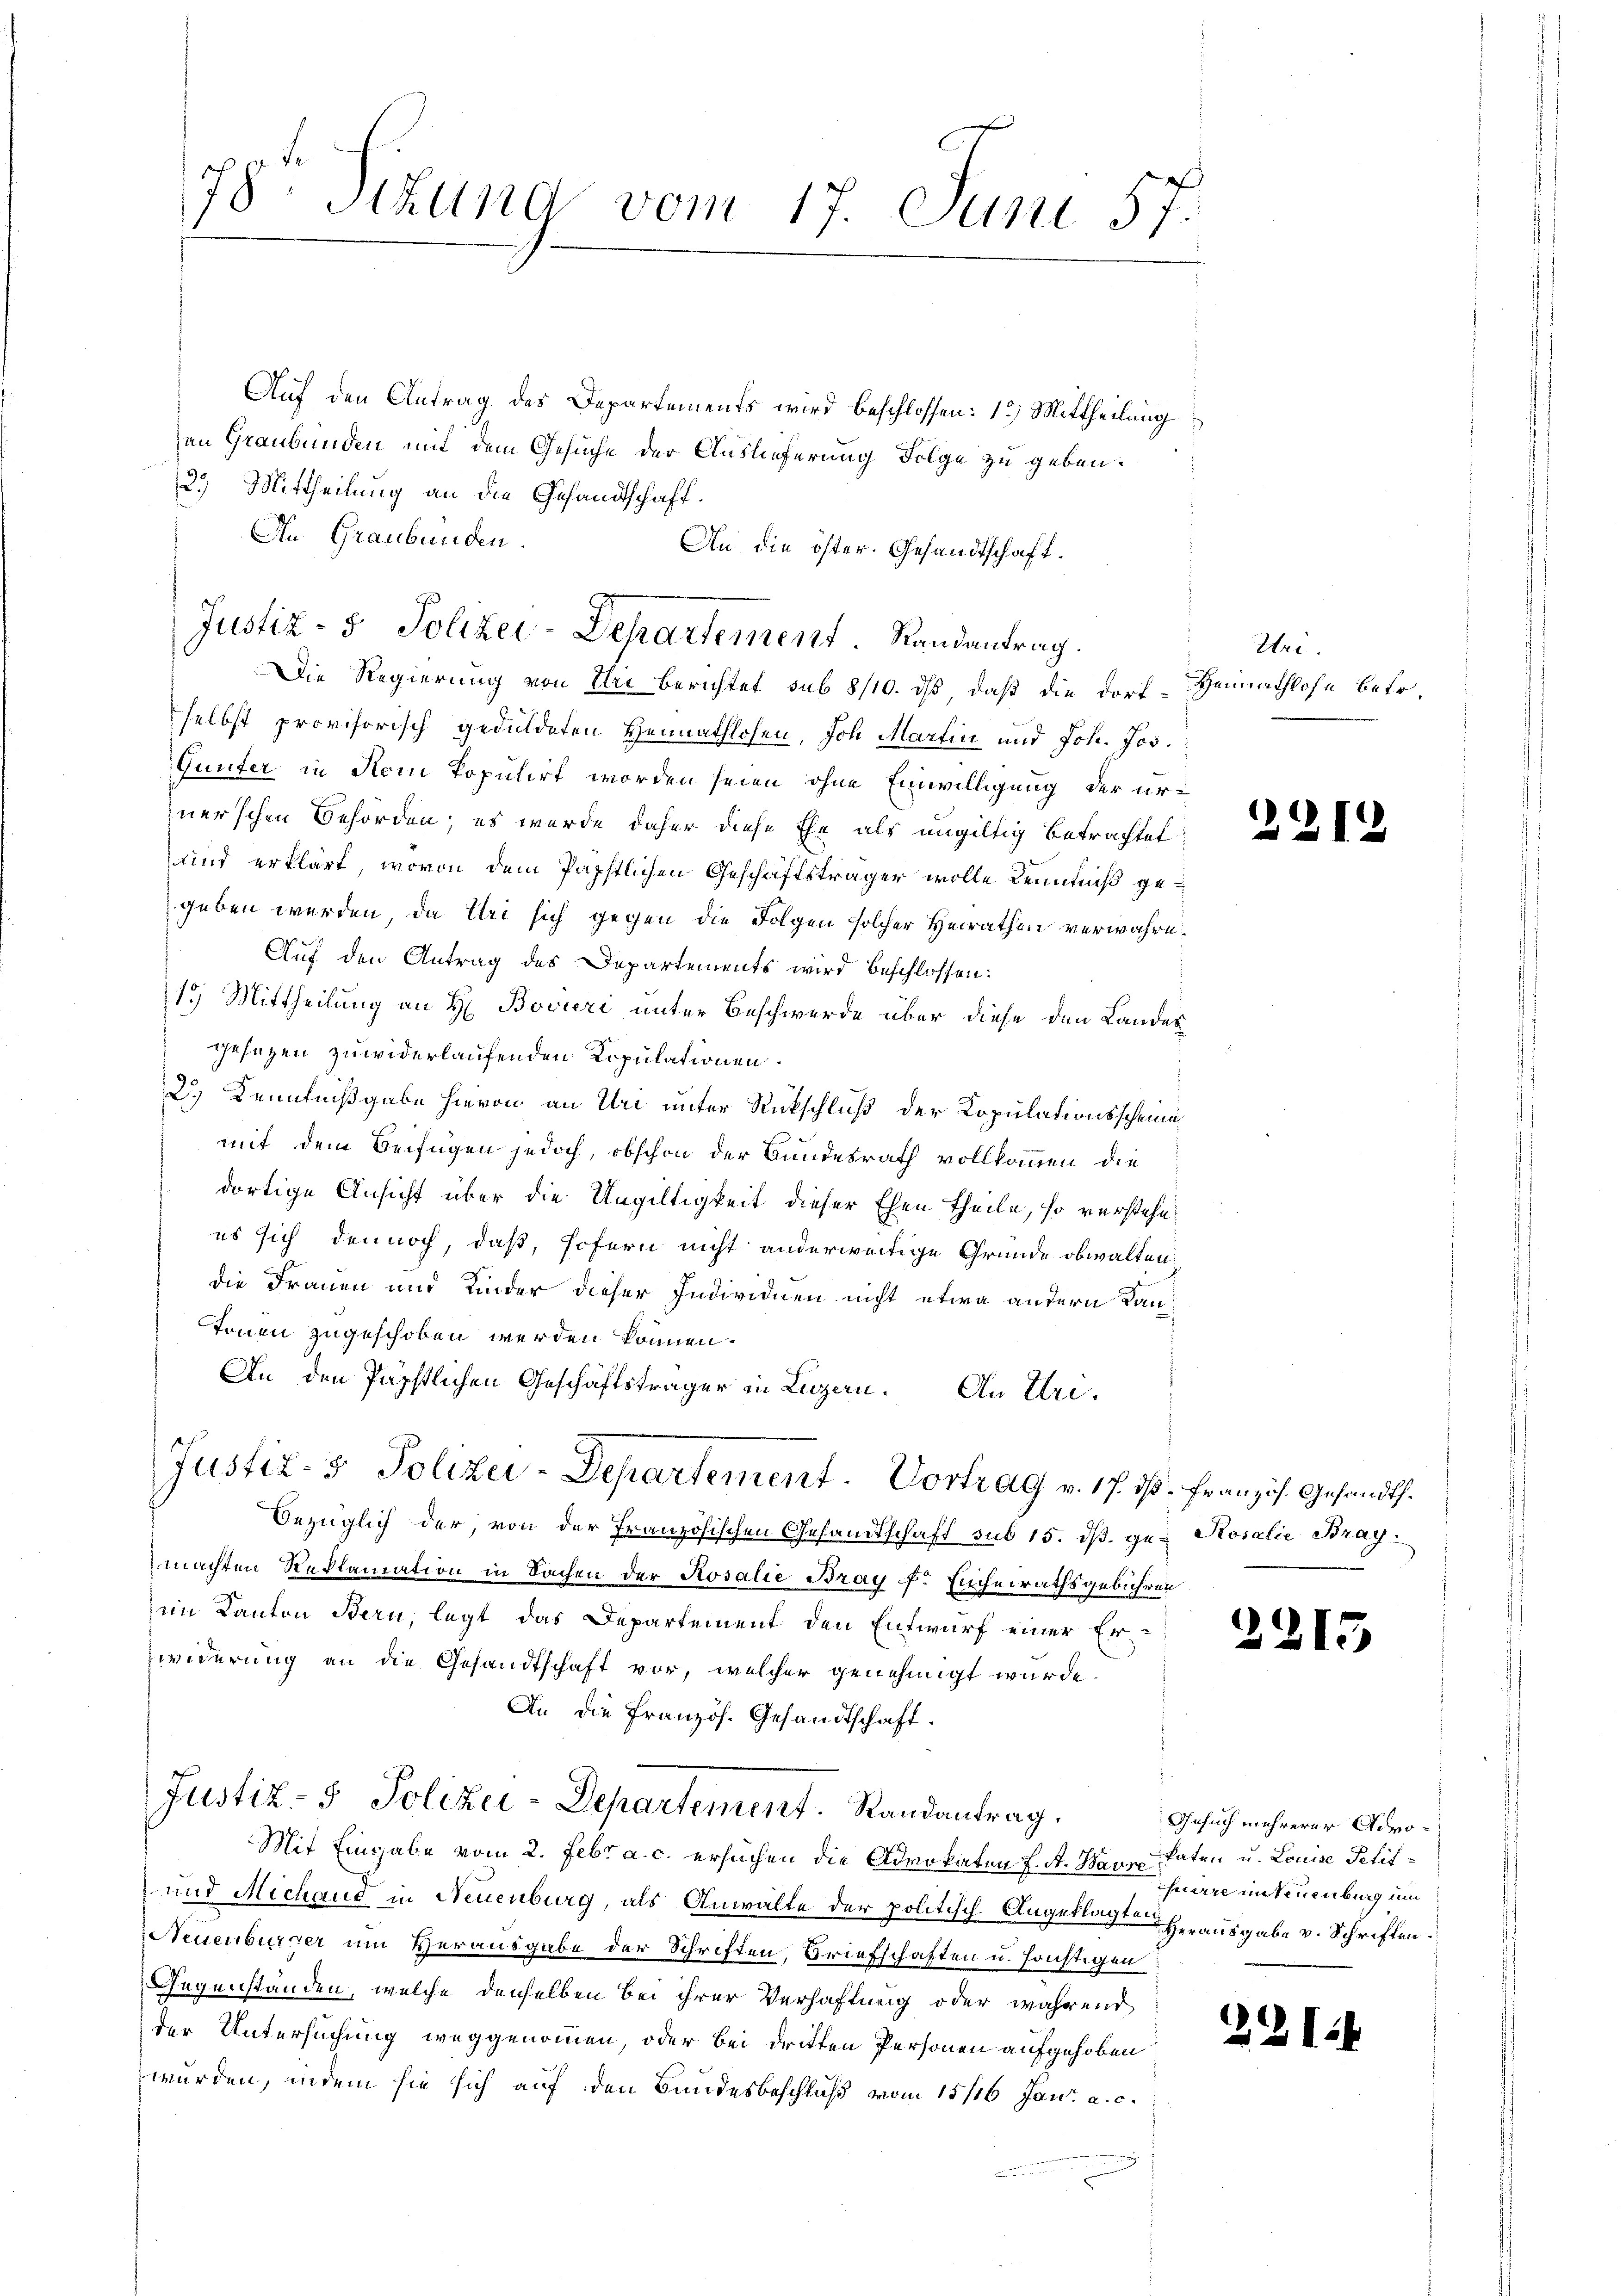
78. Stund vom 17. Juni 57.

Auf den Antrag des Departements wird beschlossen: 1.) Mittheilung
zan Graubünden mit dem Gesuche der Auslieferung Folge zu geben.
2.) Mittheilung an die Gesandtschaft.
In Graubünden.
An die öster. Gesandtschaft.
Die Regierung von Uri berichtet sub 8/10. ds, daß die Dorf - Hennathlohn betr.
selbst provisorisch geduldeten Heimathlosen, Joh. Martin und Joh. Jos.
Gunter in Rom Populirt worden seien, ohne Einwilligung der urner’schen Behörden; es wurde daher diese Ehe als ungültig betrachtet:
und erklärt, wovon dem Päpstlichen Geschäftsträger wolle Kenntniß gegeben werden, da Uri sich gegen die Folgen solcher Heirathen verwahre.
Auf den Antrag des Departements wird beschlossen:
1.) Mittheilung an H. Bovieri unter Beschwerde über diese den Landes¬
Gesetzen zuwiderlaufenden Kopulationen
2.) Kenntnißgabe hievon an Uri unter Rückschluß der Kopulationsscheine
mit dem Beifügen jedoch, obschon der Bundesrath vollkommen die
dortige Ansicht über die Ungültigkeit dieser Ehen theile, so verstehe
es sich dennoch, daß, sofern nicht anderweitige Gründe obwalten:
die Frauen und Kinder dieser Individuen nicht etwa andern Kan¬
Tonen zugeschoben werden können.
An den Papstlichen Geschäftsträger in Luzern. An Uri¬
Justiz- & Polizei-Departement. Vortrag v. 17. ds. französ. Gesandts¬
Bezüglich der, von der Französischen Gesandtschaft sub 15. dß. ge- Rosalie Braymachten Reklamation in Sachen der Rosalie Bray f. Einheirathsgebühren
im Kanton Bern, legt das Departement den Entwurf einer Er¬
Zwiderung an die Gesandtschaft vor, welcher genehmigt wurde.
An die Französ. Gesandtschaft.
Justiz- & Polizei-Departement. Randantrag.
Mit Eingabe vom 2. Febr. a. c. ersuchen die Advokaten f. A. Haus Paten u. Louise Petit¬
und Michaus in Neuenburg, als Anwalte der politisch-Angeklagte herausgabe v. Schriften.
Neuenburger um Verausgabe der Schriften, Briefschaften u. sonstigen
Gegenständen, welche denselben bei ihrer Verhaftung oder während
der Untersuchung weggenommen, oder bei dritten Personen aufgehoben
wurden, indem sie sich auf den Bundesbeschluß vom 15/16. Jan. a. c.

Justiz- & Polizei-Departement Randantrag.

Uri.

231

2215

Gesuch mehrerer Admohuirre mit euenburg um

32114